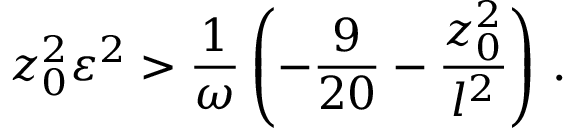
z _ { 0 } ^ { 2 } \varepsilon ^ { 2 } > { \frac { 1 } { \omega } } \left( - { \frac { 9 } { 2 0 } } - { \frac { z _ { 0 } ^ { 2 } } { l ^ { 2 } } } \right) \, .